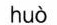
huò